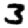
Digit: 3